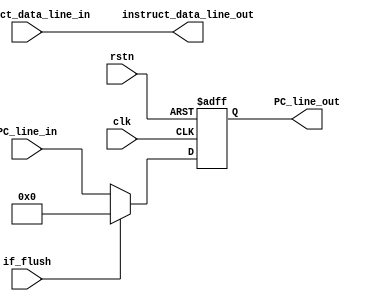
module if_id(
    //clk & rst
    input               clk                     ,
    input               rstn                    ,
    input               if_flush                ,
    //data input
    input       [31:0]  PC_line_in              ,
    input       [31:0]  instruct_data_line_in   ,
    //data output
    output  reg [31:0]  PC_line_out             ,
    output      [31:0]  instruct_data_line_out      
);

always @(posedge clk or negedge rstn) begin
    if(!rstn)
        PC_line_out <= 32'd0;
    else if(if_flush == 1'b1)
        PC_line_out <= 32'd0;
    else
        PC_line_out <= PC_line_in;
end

assign  instruct_data_line_out = instruct_data_line_in;

endmodule